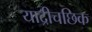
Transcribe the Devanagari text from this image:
याद्रीचछिक